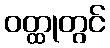
ဝတ္ထုတွင်